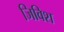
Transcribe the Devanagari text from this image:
जिविश